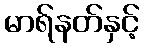
မာရ်နတ်နှင့်